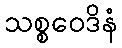
သစ္စဝေဒိနံ